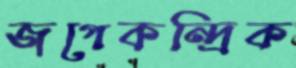
জগেকন্দ্রিক